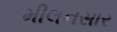
મીલનસાર